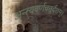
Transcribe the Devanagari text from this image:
अन्त्यवर्णचतुर्दशम्।